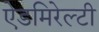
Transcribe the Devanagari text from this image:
ऐडमिरेल्टी